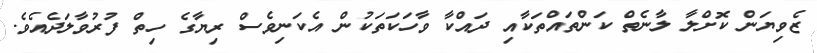
ޒެވިޔަން ކޮށްލާ ލާނެތް ކަންތައްތަކާއި ދައްކާ ވާހަކަތަކުން އެކަނިވެސް ރިޔާގެ ހިތް ފުރުވާލަދެއެވެ.